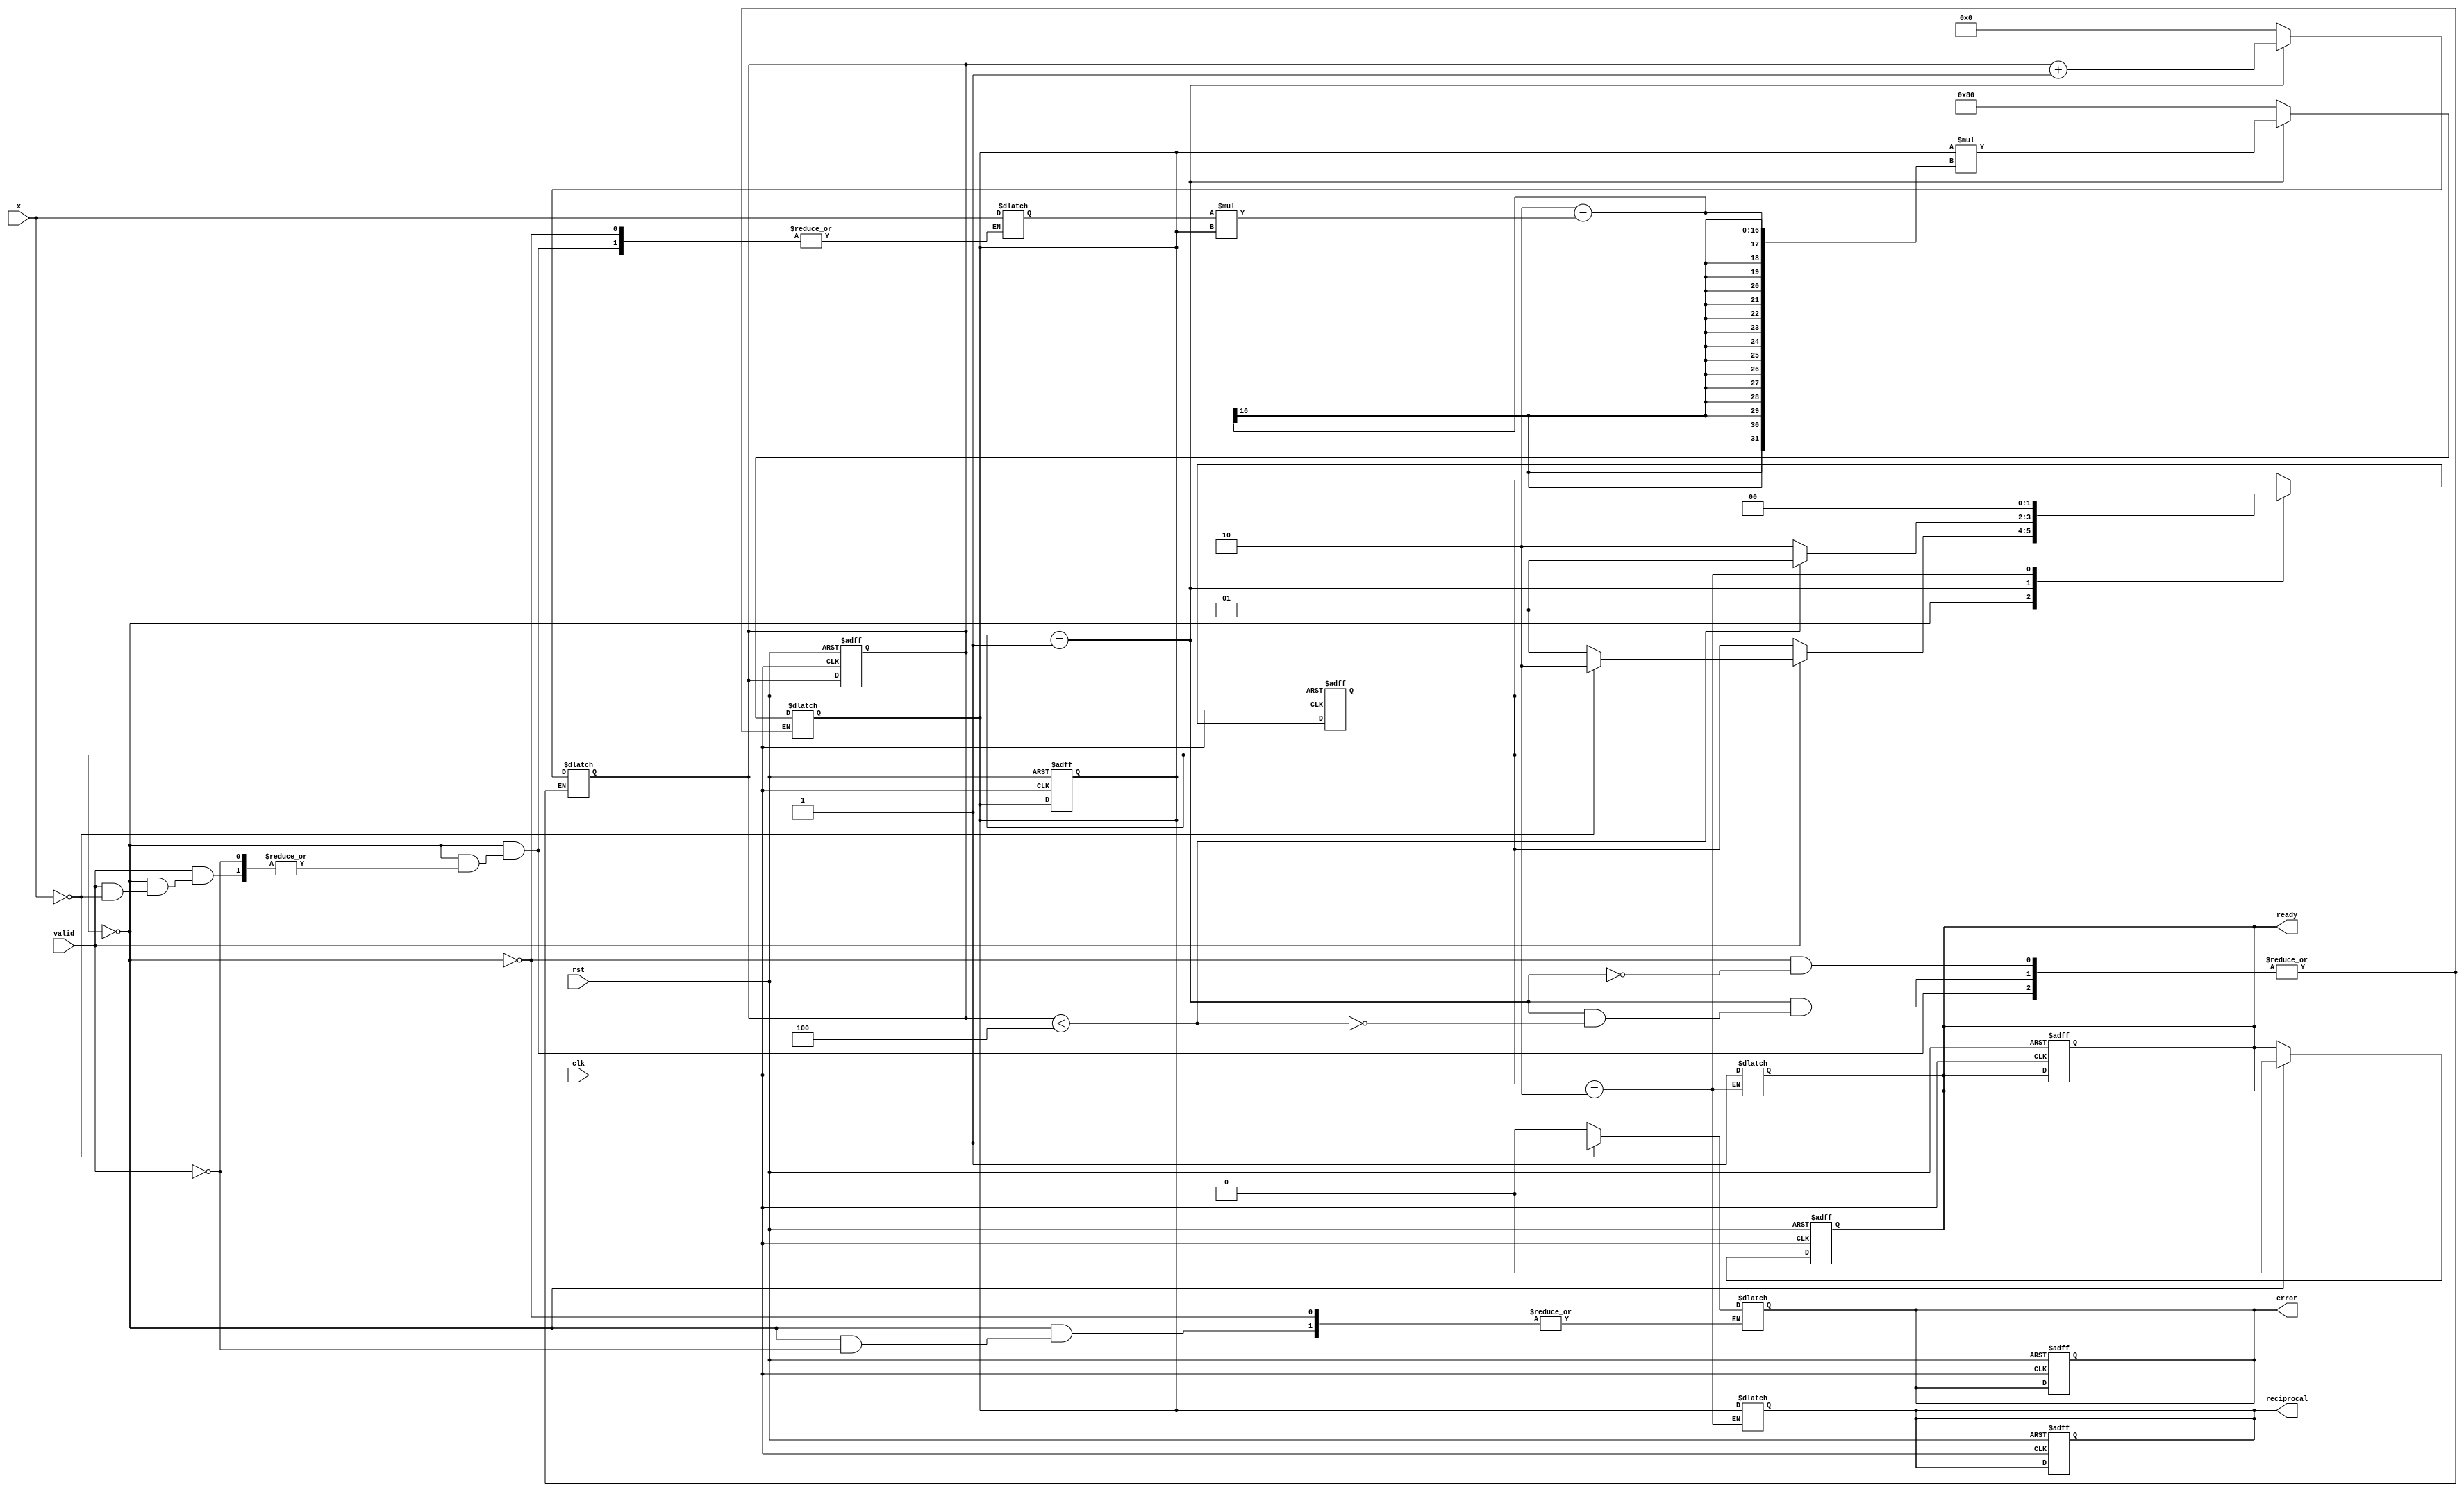
module binary_fractional_reciprocal #(
    parameter N = 8 // Parameter for input/output width
)(
    input wire clk,                // Clock signal
    input wire rst,                // Reset signal
    input wire [N-1:0] x,          // Input binary fractional number
    input wire valid,              // Input valid signal
    output reg [N-1:0] reciprocal, // Output binary fractional reciprocal
    output reg error,              // Error signal for invalid input
    output reg ready               // Output valid signal
);

    reg [N-1:0] approx;           // Current approximation of the reciprocal
    reg [N-1:0] x_inv;             // Inverted input for calculations
    reg [3:0] iteration;           // Iteration counter

    // State machine states
    localparam IDLE = 2'b00,
               CALC = 2'b01,
               DONE = 2'b10;

    reg [1:0] state, next_state;

    // State machine for controlling the operation
    always @(posedge clk or posedge rst) begin
        if (rst) begin
            state <= IDLE;
            reciprocal <= 0;
            error <= 0;
            ready <= 0;
            iteration <= 0;
            approx <= 0;
        end else begin
            state <= next_state;
        end
    end

    // Next state logic
    always @(*) begin
        next_state = state;
        case (state)
            IDLE: begin
                if (valid) begin
                    if (x == 0) begin
                        error = 1; // Signal error for zero input
                        next_state = DONE;
                    end else begin
                        error = 0;
                        x_inv = x; // Store input for normalization
                        approx = {1'b1, {N-1{1'b0}}}; // Initial approximation (1.0)
                        iteration = 0;
                        next_state = CALC;
                    end
                end
            end
            CALC: begin
                if (iteration < 4) begin // Fixed number of iterations for convergence
                    approx = approx * (2 - x_inv * approx); // Newton-Raphson iteration
                    iteration = iteration + 1;
                    next_state = CALC;
                end else begin
                    next_state = DONE;
                end
            end
            DONE: begin
                reciprocal = approx; // Final approximation
                ready = 1; // Indicate output is ready
                next_state = IDLE; // Go back to IDLE
            end
        endcase
    end

    // Reset ready signal after reading
    always @(posedge clk or posedge rst) begin
        if (rst) begin
            ready <= 0;
        end else if (state == IDLE) begin
            ready <= 0; // Reset ready signal when entering IDLE
        end
    end

endmodule